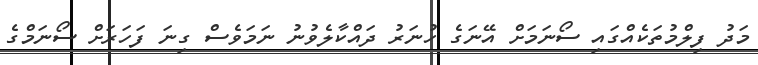
މަދު ފިލްމުތަކެއްގައި ސޯނަމަށް އޭނަގެ ހުނަރު ދައްކާލެވުނު ނަމަވެސް ގިނަ ފަހަރަށް ސޯނަމްގެ